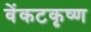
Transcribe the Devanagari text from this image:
वेंकटकृष्ण